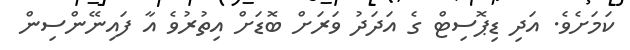
ކަމަށެވެ. އަދި ޑިޕޮސިޓް ގެ އަދަދު ވަރަށް ބޮޑަށް އިތުރުވެ އާ ފައިނޭންސިން